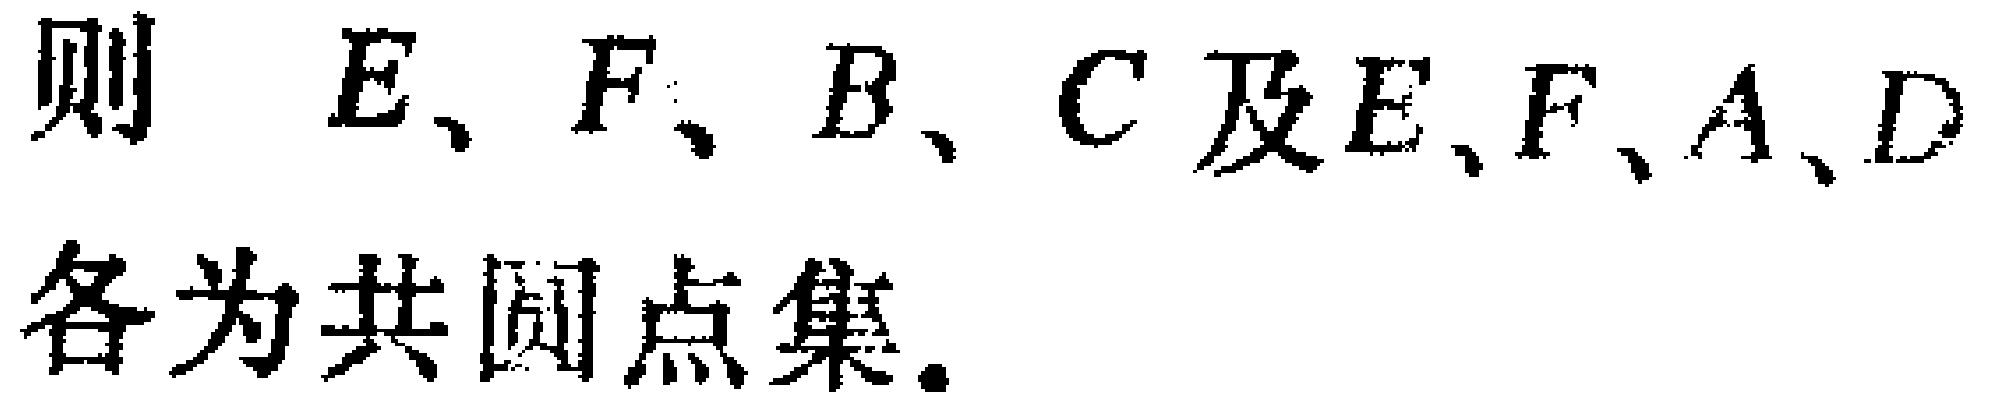
则 \(E、F、B、C\) 及 \(E、F、A、D\) 各为共圆点集.